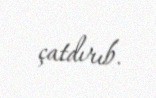
çatdırıb.